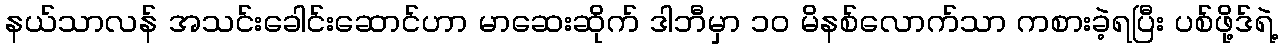
နယ်သာလန် အသင်းခေါင်းဆောင်ဟာ မာဆေးဆိုက် ဒါဘီမှာ ၁၀ မိနစ်လောက်သာ ကစားခဲ့ရပြီး ပစ်ဖို့ဒ်ရဲ့